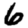
Digit: 6